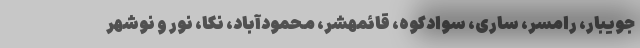
جویبار، رامسر، ساری، سوادکوه، قائمهشر، محمودآباد، نکا، نور و نوشهر